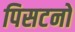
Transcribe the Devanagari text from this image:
पिसटनों